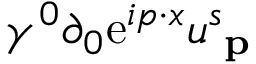
\gamma ^ { 0 } \partial _ { 0 } \mathrm { e } ^ { i p \cdot x } u _ { \textbf { p } } ^ { s }